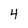
Character: 4